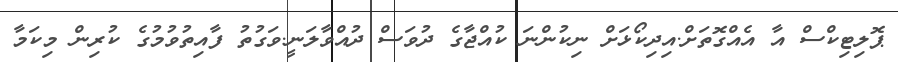
ޕޮލިޓިކްސް އާ އެއްގޮތަށް.އިދިކޯޅަށް ނިކުންނަ ކުއްޖާގެ ދުވަސް ދުއްވާލަނީ.ވަގުތު ފާއިތުވުމުގެ ކުރިން މިކަމާ